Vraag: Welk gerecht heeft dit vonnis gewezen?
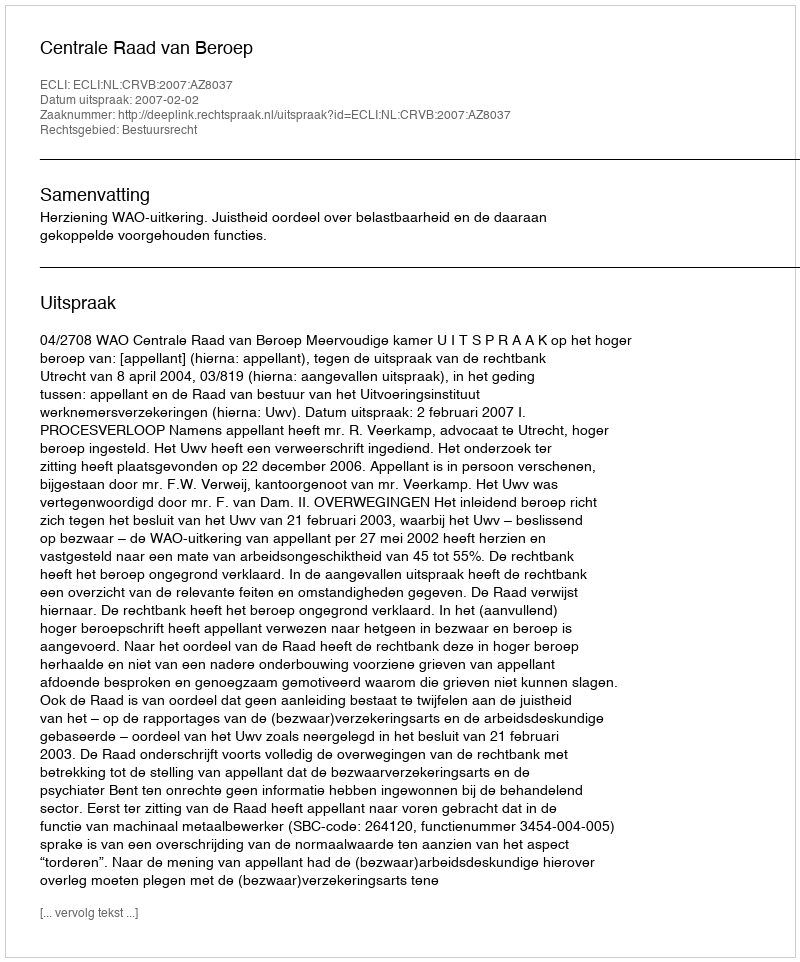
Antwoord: Centrale Raad van Beroep